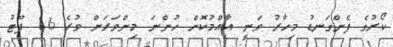
ކޯރުގެ ފެންގަނޑު މިހާރު ވަނީ އާއްމުކޮށް ހުންނަ މިންވަރަށް ވުރެ 16 ފޫޓު